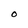
Character: O